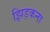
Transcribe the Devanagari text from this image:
झिड़कना